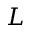
\boldsymbol { L }